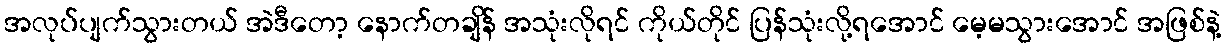
အလုပ်ပျက်သွားတယ် အဲဒီတော့ နောက်တချိန် အသုံးလိုရင် ကိုယ်တိုင် ပြန်သုံးလို့ရအောင် မေ့မသွားအောင် အဖြစ်နဲ့